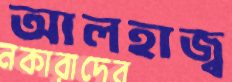
আলহাজ্ব